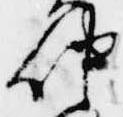
仲